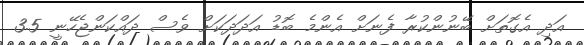
އަދި އެގޮތަށް ބޭނުންކުރާ ފެނަށް އެންމެ ބޮޑު އަދަދަކަށް ވެސް ދައްކަންޖެހޭނީ 3.5